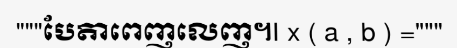
"""បែតាពេញលេញ។I x ( a , b ) ="""